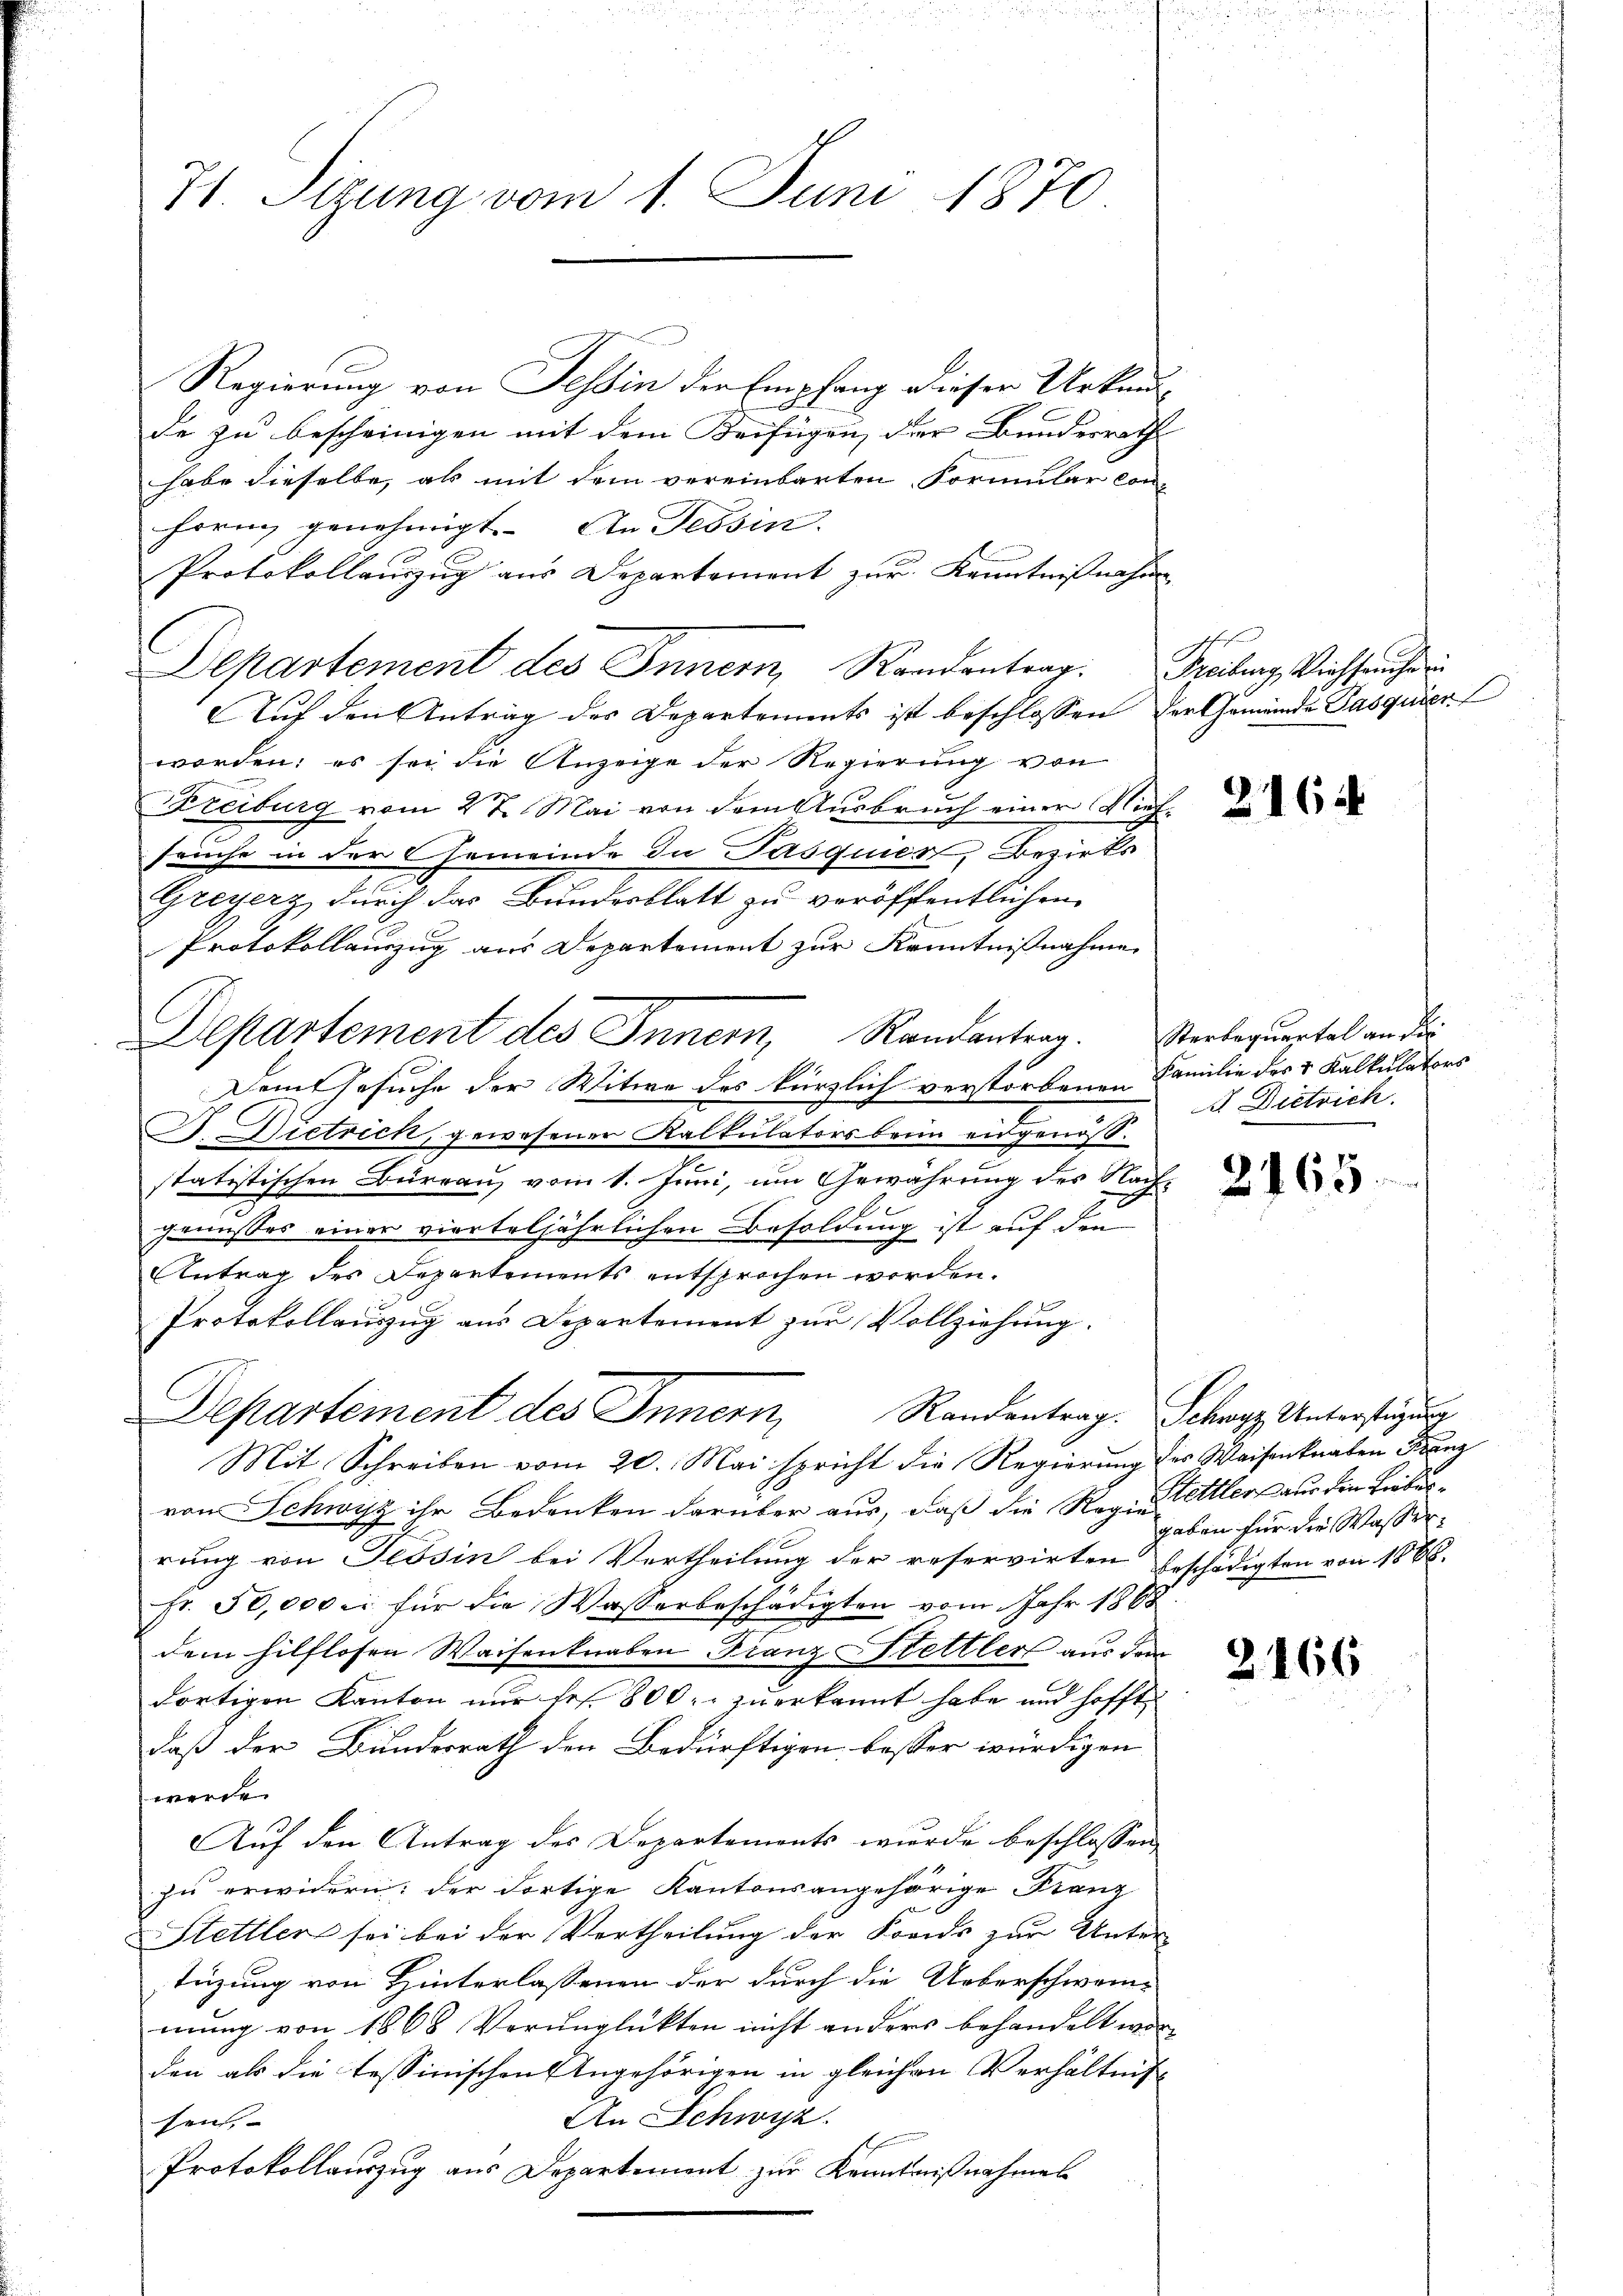
71 Sizung vom 1. Juni 1870.

Regierung von Tessin der Empfang dieser Urkunde zu bescheinigen mit dem Beifügen, der Bundesrath
habe dieselbe, als mit dem vereinbarten Formular con-
horn genehmigt. An Tessin.
Protokollauszug aus Departement zur Kenntnißnahme
Auf den Antrag des Departements ist beschlossen der Gemeinde Pasquier
worden; es sei die Anzeige der Regierung von
Freiburg vom 27. Mai von dem Ausbruch einer Nieseuche in der Gemeinde in Pasquien, Bezirks
Greyerz durch das Bundesblatt zu veröffentlichen
x
Protokollauszug aus Departement zur Kenntnißnahme
Dem Gesuche der Witwe des kürzlich verstorbenen Familie des & Kalkulators
C. Dietrick, gewesener Kalkulators beim eidgenößstatistischen Büreau, vom 1. Juni, um Gewährung des Nachgenusses einer vierteljährlichen Besoldung ist auf den
Antrag des Departements entsprochen worden.
Protokollauszug aus Departement zur Vollziehung.
Departement des Innern, Randantrag. Schwyz, Untersteigung
Mit Schreiben vom 20. Mai spricht die Regierung des Waisenkraten Franz
von Schwyz ihr Bedenken darüber aus, daß die Regenstler aus den Leitunrung von Tessin bei Vertheilung der reservirten beschädigten von 1888.
Fr. 50,000 er für die Wasserbeschädigten vom Jahr 1868
dem hilflosen Waisenknaben Franz Hettler aus dem
dortigen Kanton nur frs. 800. zu erkannt habe und hofft
daß der Bundesrath den Bedürftigen besser würdigen
werde
Auf den Antrag des Departements wurde beschlossen,
zu erwidern; der dortige Kantonsangehörige Franz
Stettler sei bei der Vertheilung der Fonds zur Unter
tüzung von Hinterlassenen der durch die Ueberschwei-
mung von 1868 Verunglükten nicht anders behandelt worden als die tessinischen Angehörigen in gleichen Verhältnis
An Schwyz.
sen,
Protokollauszug aus Departement zur Kenntnißnahmen

Departement des Innern, Randantrag. Freibung, Viehseuche

Departement des Innern, Randantrag. Verbequartal an die

24

d. Dietrich.

2165

2166

gaben für die Wasser.